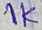
Text: 1K